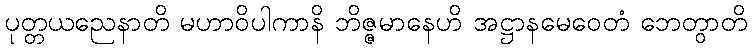
ပုတ္တယညေနာတိ မဟာဝိပါကာနိ ဘိဇ္ဇမာနေဟိ အဋ္ဌာနမေဝေတံ ဘေတွာတိ